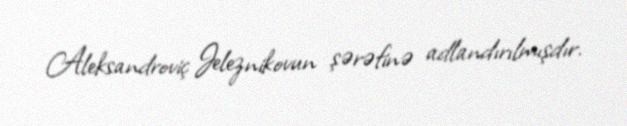
Aleksandroviç Jeleznikovun şərəfinə adlandırılmışdır.